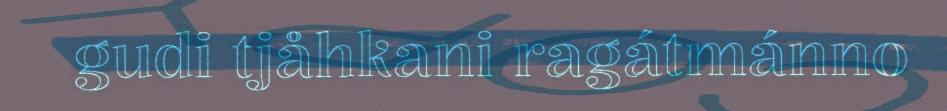
gudi tjåhkani ragátmánno